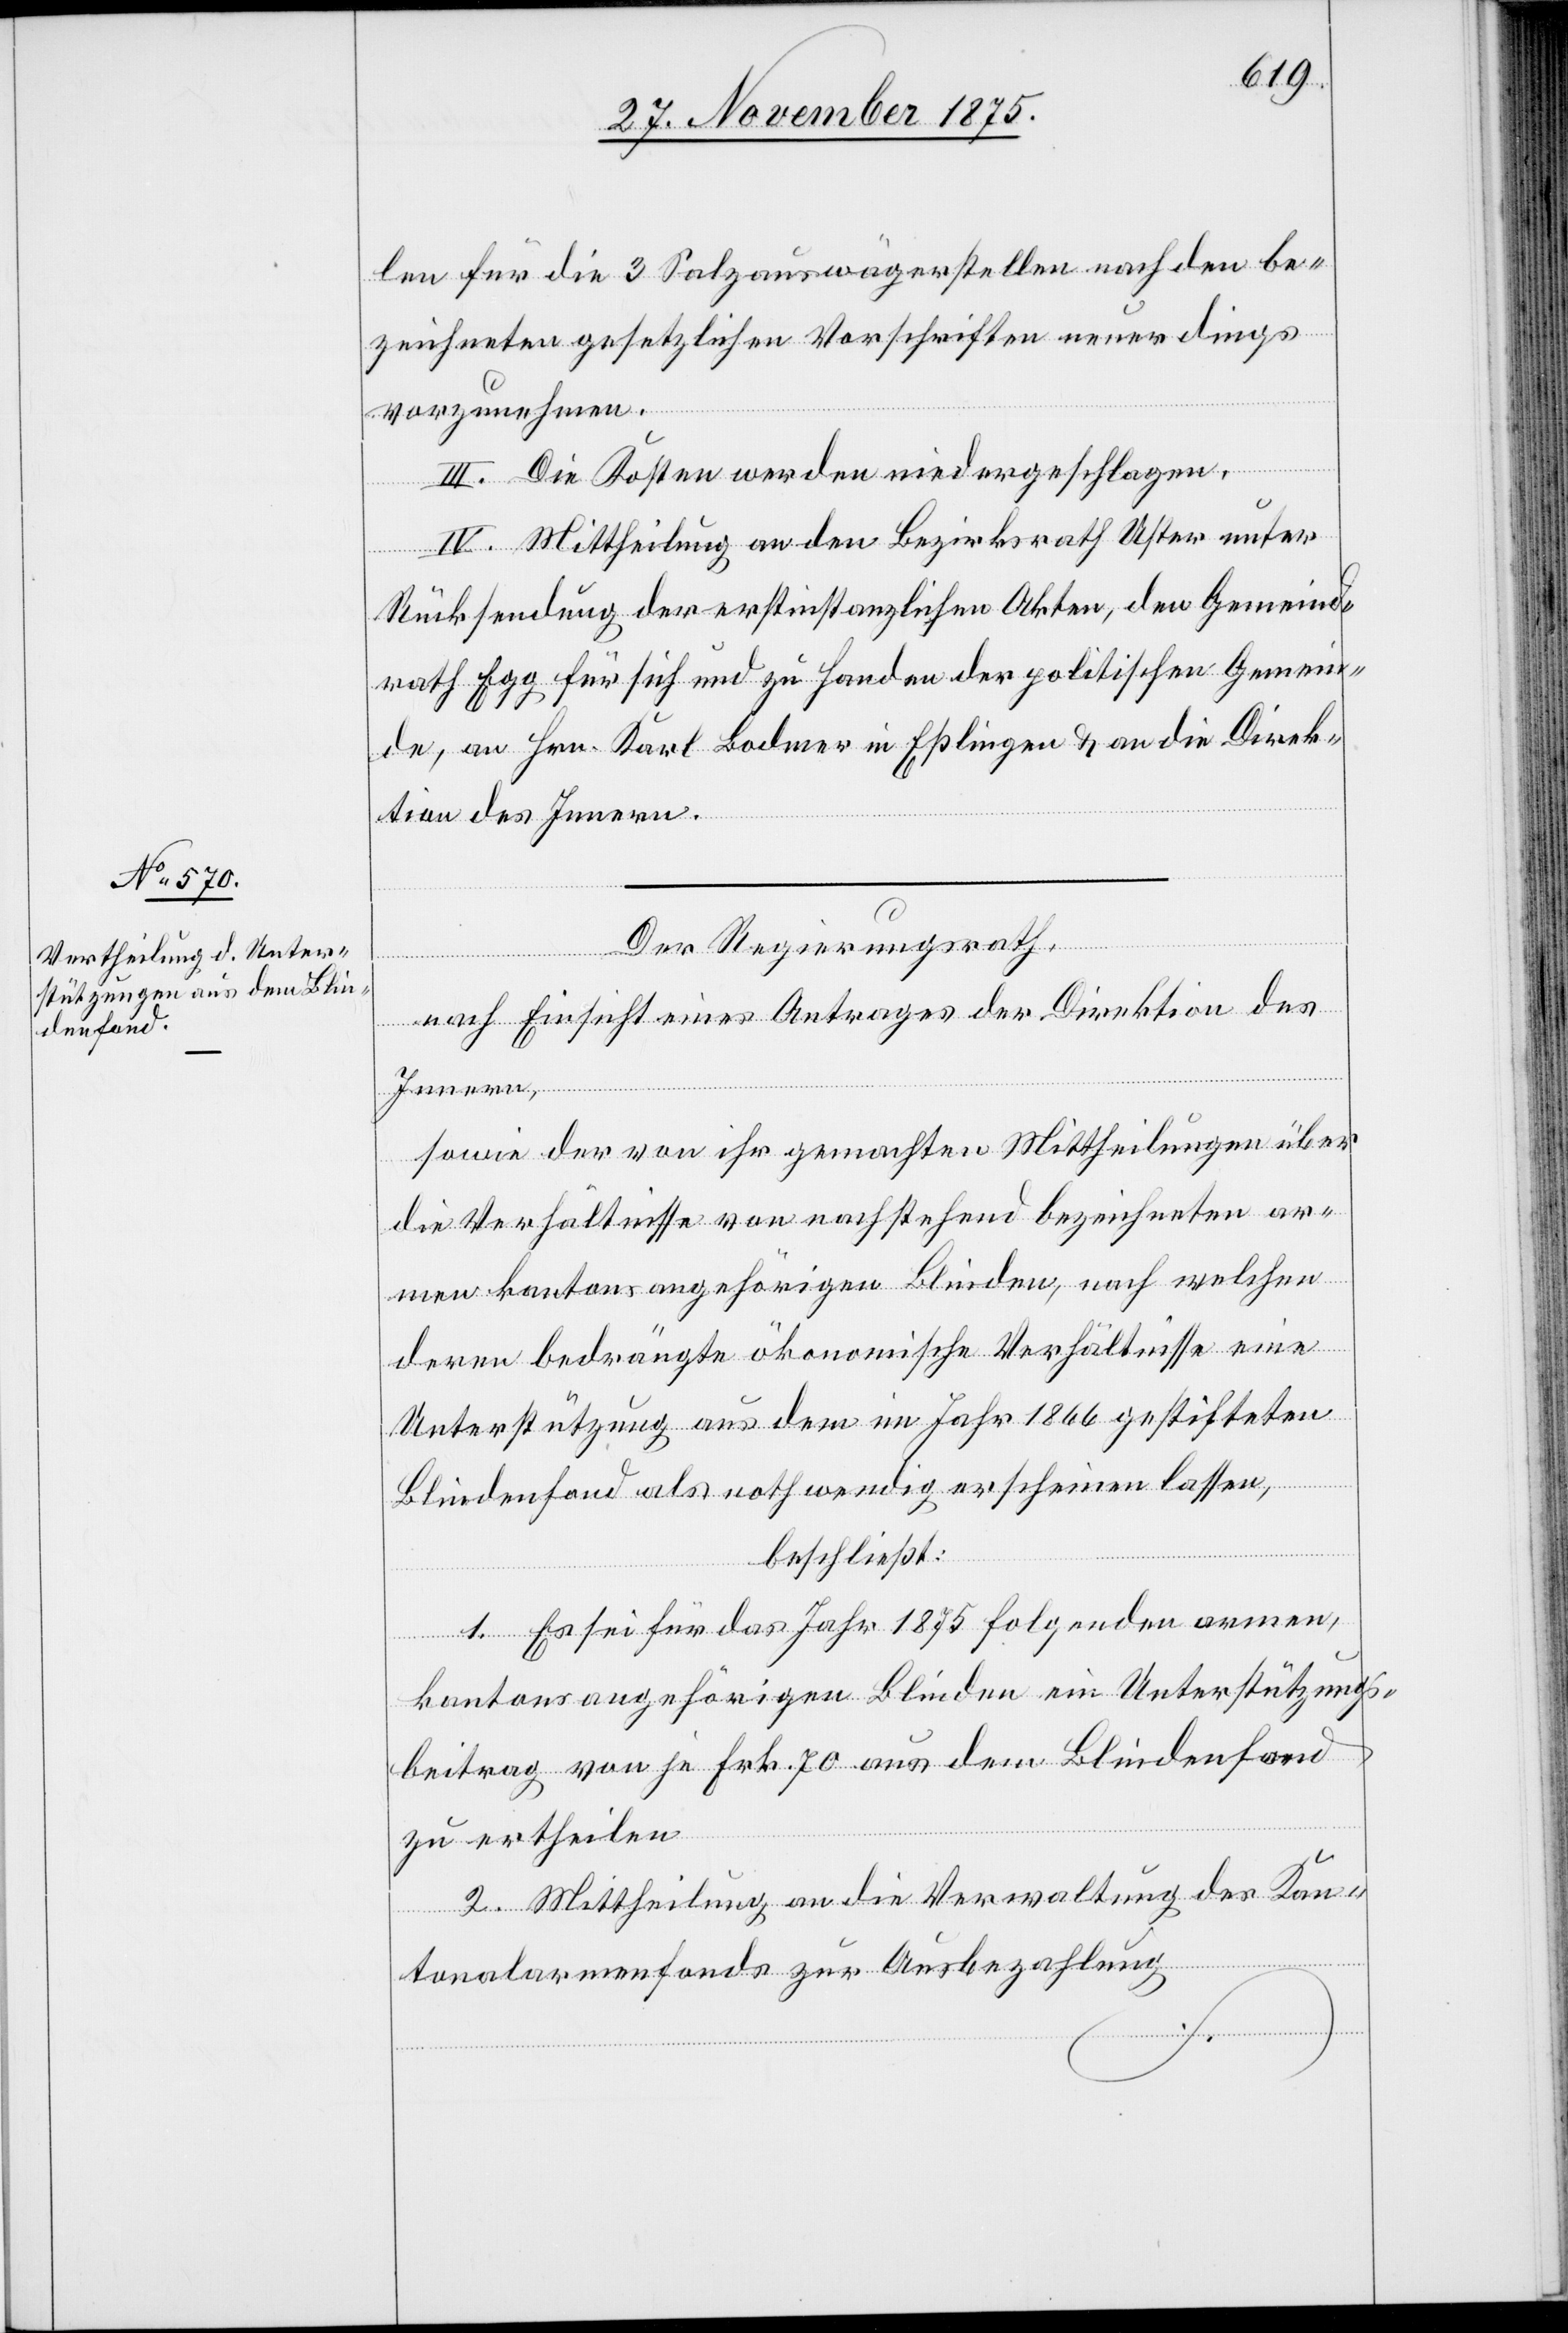
len für die 3 Salzauswägerstellen nach den be¬
zeichneten gesetzlichen Vorschriften neuerdings
vorzunehmen.
III. Die Kosten werden niedergeschlagen.
IV. Mittheilung an den Bezirksrath Uster unter
Rücksendung der erstinstanzlichen Akten, den Gemeind¬
rath Egg für sich und zu Handen der politischen Gemein¬
de, an Hrn. Karl Bodmer in Eßlingen & an die Direk¬
tion des Innern.
Der Regierungsrath,
nach Einsicht eines Antrages der Direktion des
Innern,
sowie der von ihr gemachten Mittheilungen über
die Verhältnisse von nachstehend bezeichneten ar¬
men kantonsangehörigen Blinden, nach welchen
deren bedrängte ökonomische Verhältnisse eine
Unterstützung aus dem im Jahr 1866 gestifteten
Blindenfond als nothwendig erscheinen lassen,
beschließt:
1. Es sei für das Jahr 1875 folgenden armen,
kantonsangehörigen Blinden ein Unterstützungs¬
beitrag von je Frk. 70 aus dem Blindenfond
zu ertheilen.
2. Mittheilung an die Verwaltung des Kan¬
tonalarmenfonds zur Ausbezahlung